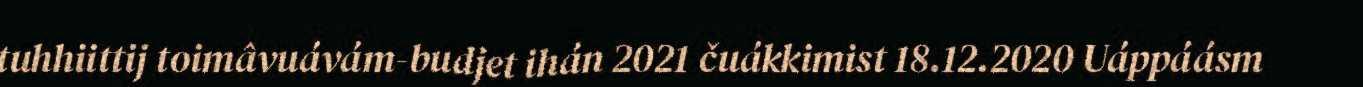
tuhhiittij toimâvuávám-budjet ihán 2021 čuákkimist 18.12.2020 Uáppáásm